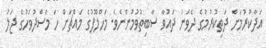
އަދާކުރުމަށް ދަތިކުރުމުގެ ދެވަނަ ދައުވާ ސާބިތުވުމުންނެވެ. މަހްލޫފުގެ މައްޗަށް ހަ މަސްދުވަހުގެ ޖަލު